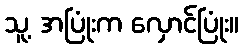
သူ့ အပြုံးက လှောင်ပြုံး။